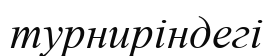
турниріндегі